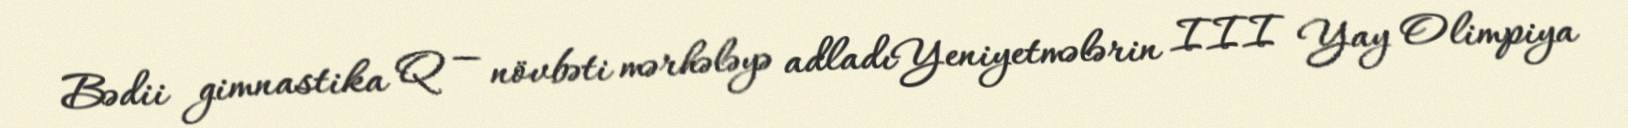
Bədii gimnastika Q — növbəti mərhələyə adladıYeniyetmələrin III Yay Olimpiya